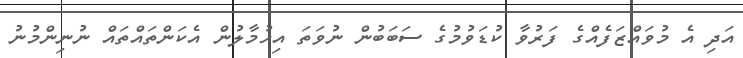
އަދި އެ މުވައްޒަފެއްގެ ފަރުވާ ކުޑަވުމުގެ ސަބަބުން ނުވަތަ އިހުމާލުން އެކަންތައްތައް ނުނިންމުނު